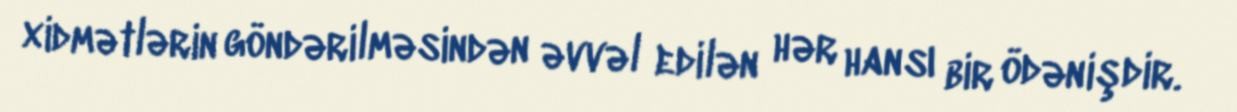
xidmətlərin göndərilməsindən əvvəl edilən hər hansı bir ödənişdir.